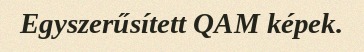
Egyszerűsített QAM képek.